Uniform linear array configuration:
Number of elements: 8
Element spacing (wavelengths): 0.5
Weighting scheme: exponential
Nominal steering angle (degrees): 30
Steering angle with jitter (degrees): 28.948
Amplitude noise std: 0.05
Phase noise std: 0.05

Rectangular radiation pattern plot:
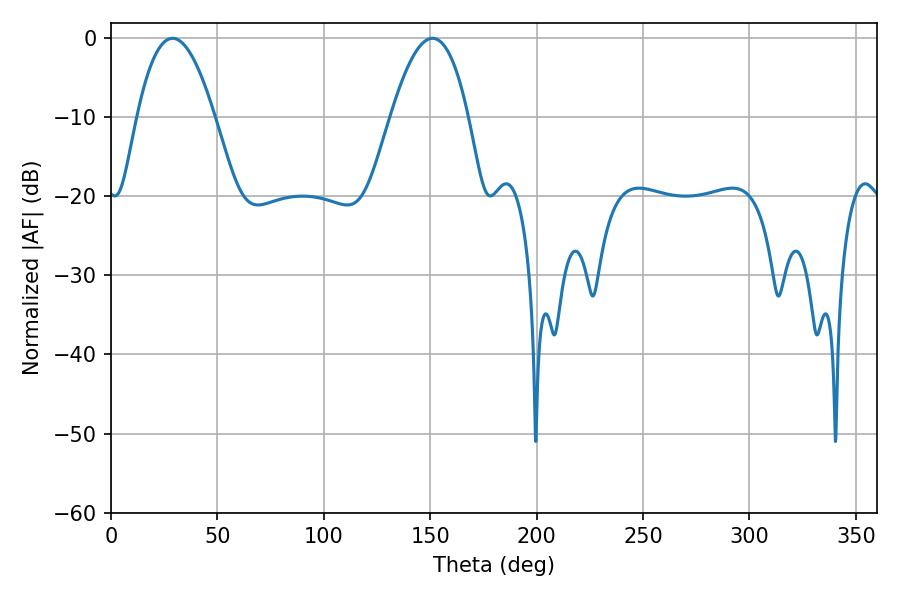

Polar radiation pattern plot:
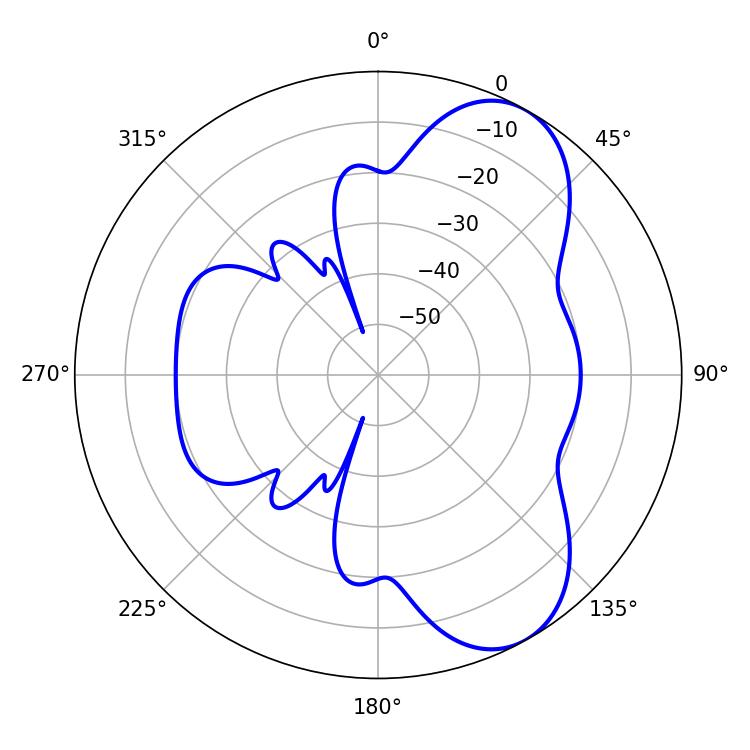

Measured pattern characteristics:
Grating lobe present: FALSE
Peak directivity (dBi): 7.361
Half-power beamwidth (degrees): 19.98
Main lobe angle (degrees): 28.98